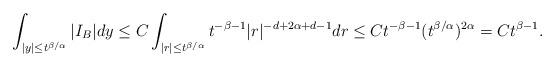
LaTeX: \begin{align*}\int_{|y| \le t^{\beta/\alpha}}|I_{B}|dy \le C\int_{|r|\le t^{\beta/\alpha}}t^{-\beta - 1}|r|^{-d+2\alpha + d - 1}dr \le C t^{-\beta - 1}(t^{\beta/\alpha})^{2\alpha} = C t^{\beta - 1}.\end{align*}